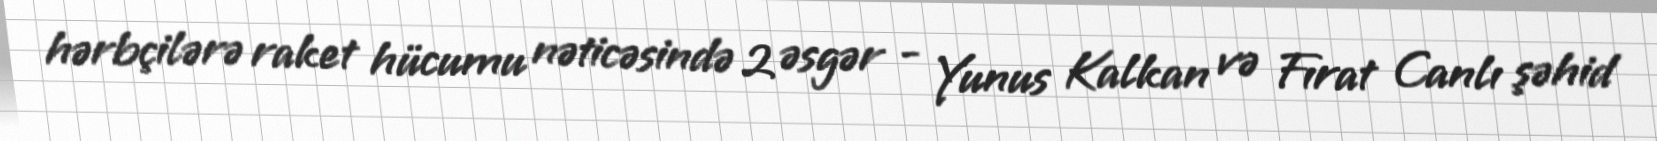
hərbçilərə raket hücumu nəticəsində 2 əsgər - Yunus Kalkan və Fırat Canlı şəhid